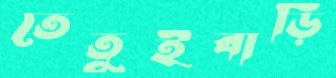
তেতুইবাড়ি